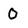
Character: 0